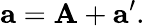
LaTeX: \mathbf{a}=\mathbf{A}+\mathbf{a}^{\prime}.